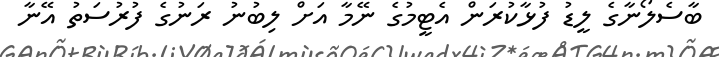
ބާސެލޯނާގެ ލީޑު ފުޅާކުރަން އެޓީމުގެ ނޭމާ އަށް ލިބުނު ރަނުގެ ފުރުސަތު އޭނާ